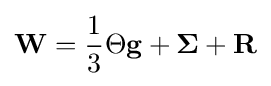
\mathbf {W} ={\frac {1}{3}}\Theta \mathbf {g} +\mathbf {\Sigma } +\mathbf {R}